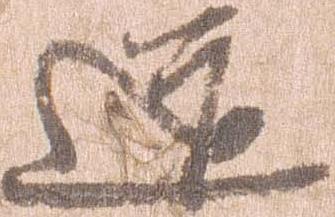
道